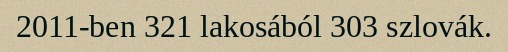
2011-ben 321 lakosából 303 szlovák.